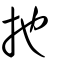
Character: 扡